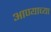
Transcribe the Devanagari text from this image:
आण्याच्या